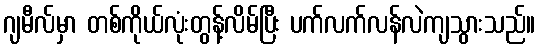
ဂျမီလ်မှာ တစ်ကိုယ်လုံးတွန့်လိမ်ပြီး ပက်လက်လန်လဲကျသွားသည်။